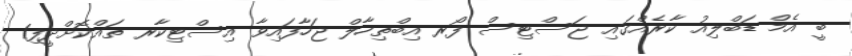
ބީ އެމް ޑަބްލިއު ކާރެއްގައި ޖަސްޓިސް ފޯރ އިބްތިހާލް ޖަހާފައިވާ އިސްޓިކާރ ތައްކޮށްދީފި1